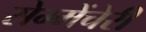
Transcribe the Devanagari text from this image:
सेम्मेंचेरी